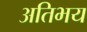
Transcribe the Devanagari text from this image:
अतिभय